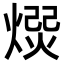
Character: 𭵯